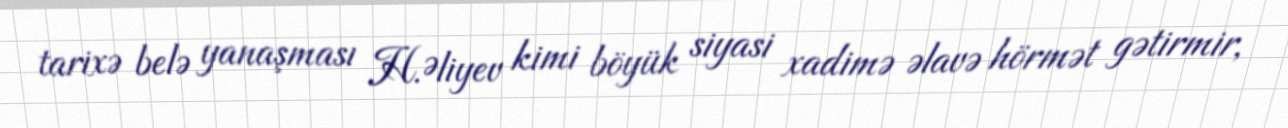
tarixə belə yanaşması H.Əliyev kimi böyük siyasi xadimə əlavə hörmət gətirmir,